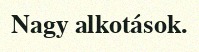
Nagy alkotások.